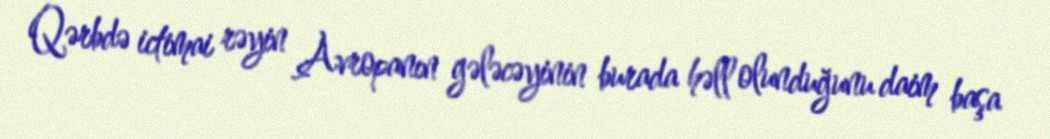
Qərbdə ictimai rəyin Avropanın gələcəyinin burada həll olunduğunu daim başa